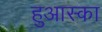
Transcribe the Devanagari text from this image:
हुआस्का